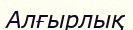
Алғырлық